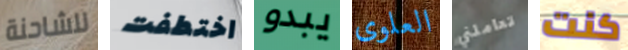
للشاحنة اختطفت يبدو العلوى تعاملني كنت